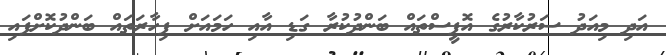
އަދި މިއަދު ސަރުކާރުގެ އޮފީސްތައް ބަންދުކުރާ ގަޑި އާއި ހަަމައަށް ފިހާރަތައް ބަންދުކޮށްފައި